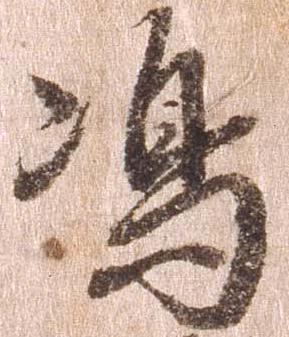
島